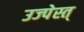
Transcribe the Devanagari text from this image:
उज्पेस्त्